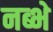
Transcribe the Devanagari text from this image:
नब्भे